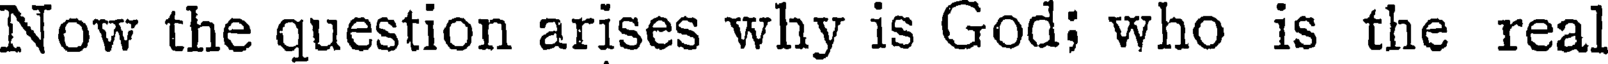
Now the question arises why is God; who is the real